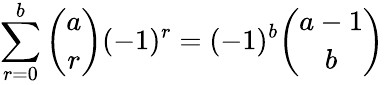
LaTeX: \sum_{r=0}^{b}\binom{a}{r}(-1)^{r}=(-1)^{b}\binom{a-1}{b}